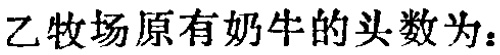
乙牧场原有奶牛的头数为：